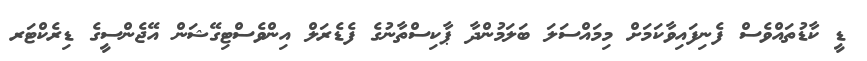
ޑީ ކާޑުތައްވެސް ފެނިފައިވާކަމަށް މިމައްސަލަ ބަލަމުންދާ ޕާކިސްތާނުގެ ފެޑެރަލް އިންވެސްޓިގޭޝަން އޭޖެންސީގެ ޑިރެކްޓަރ